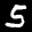
Label: 5